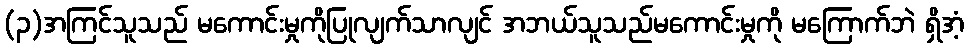
(၃)အကြင်သူသည် မကောင်းမှုကိုပြုလျက်သာလျင် အဘယ်သူသည်မကောင်းမှုကို မကြောက်ဘဲ ရှိအံ့